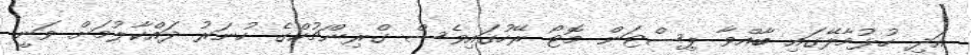
އަދި ހުޅުމާލޭގައި ބާއްވާ ޕިސްޓަން މޮޓޯ ރޭހުގައިވެސް ގްރިންޗުކްގެ ހުނަރު ދައްކާލުމަށް ވަނީ